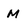
Character: M